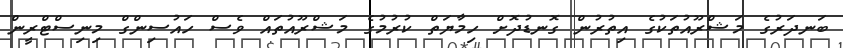
ބަނދަރުގެ މަޝްރޫއުތަކުގެ އިތުރުން ގޮނޑުދޮށް ހިމާޔަތް ކުރުމުގެ މަޝްރޫއުތައް ވެސް ހައުސިންގް މިނިސްޓްރީން